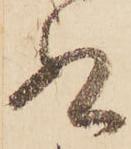
ぬ